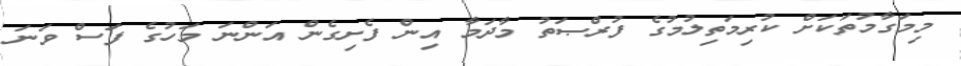
މިމަގާމުތަކަށް ކުރިމަތިލުމުގެ ފުރްޞަތު މާދަމާ އިން ފެށިގެން އަންނަ މަހުގެ ފަސް ވަނަ